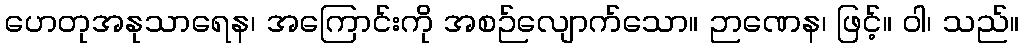
ဟေတုအနုသာရေန၊ အကြောင်းကို အစဉ်လျောက်သော။ ဉာဏေန၊ ဖြင့်။ ဝါ၊ သည်။